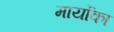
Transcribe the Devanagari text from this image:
मार्योका